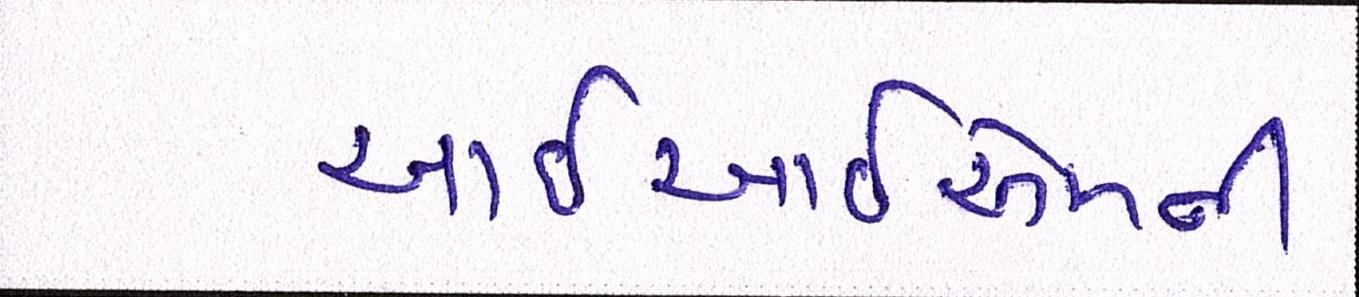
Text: આઇઆઇએમની